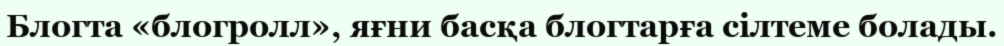
Блогта «блогролл», яғни басқа блогтарға сілтеме болады.